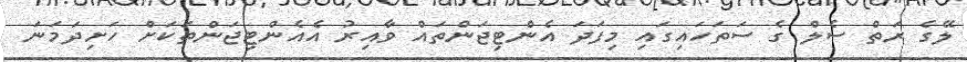
ލޭގެ ރަތް ސެލް ގެ ސަތަހައިގައި މިފަދަ އެންޓިޖަންތައް ވާއިރު އެއެންޓިޖަންތަކަށް ހަށިދަމަނަ